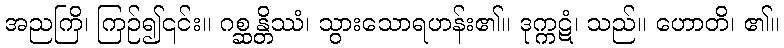
အညကြိ၊ ကြဉ်၍၎င်း။ ဂစ္ဆန္တိဿံ၊ သွားသောရဟန်း၏။ ဒုက္ကဋံ၊ သည်။ ဟောတိ၊ ၏။